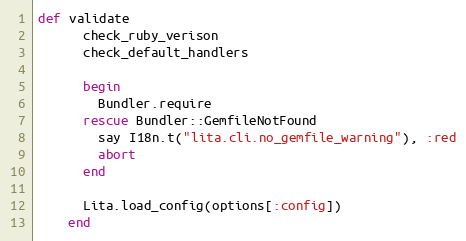
Language: Ruby
def validate
      check_ruby_verison
      check_default_handlers

      begin
        Bundler.require
      rescue Bundler::GemfileNotFound
        say I18n.t("lita.cli.no_gemfile_warning"), :red
        abort
      end

      Lita.load_config(options[:config])
    end